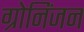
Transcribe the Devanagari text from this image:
ग्रोनिंजन